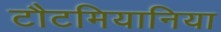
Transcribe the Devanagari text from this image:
टौटमियानिया